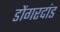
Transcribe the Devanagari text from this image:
डोंगरदांड